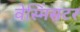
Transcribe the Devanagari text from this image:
वेस्मिंसटर